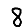
Digit: 8